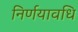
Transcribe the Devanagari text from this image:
निर्णयावधि